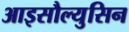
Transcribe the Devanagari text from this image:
आइसौल्युसिन